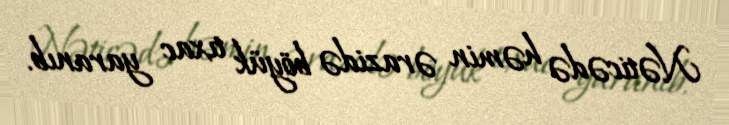
Nəticədə həmin ərazidə böyük tıxac yaranıb.